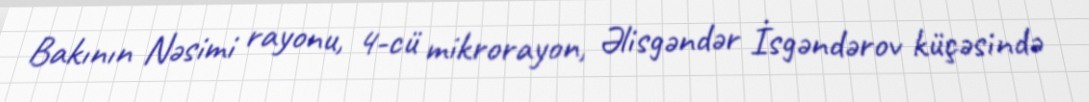
Bakının Nəsimi rayonu, 4-cü mikrorayon, Əlisgəndər İsgəndərov küçəsində